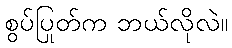
စွပ်ပြုတ်က ဘယ်လိုလဲ။